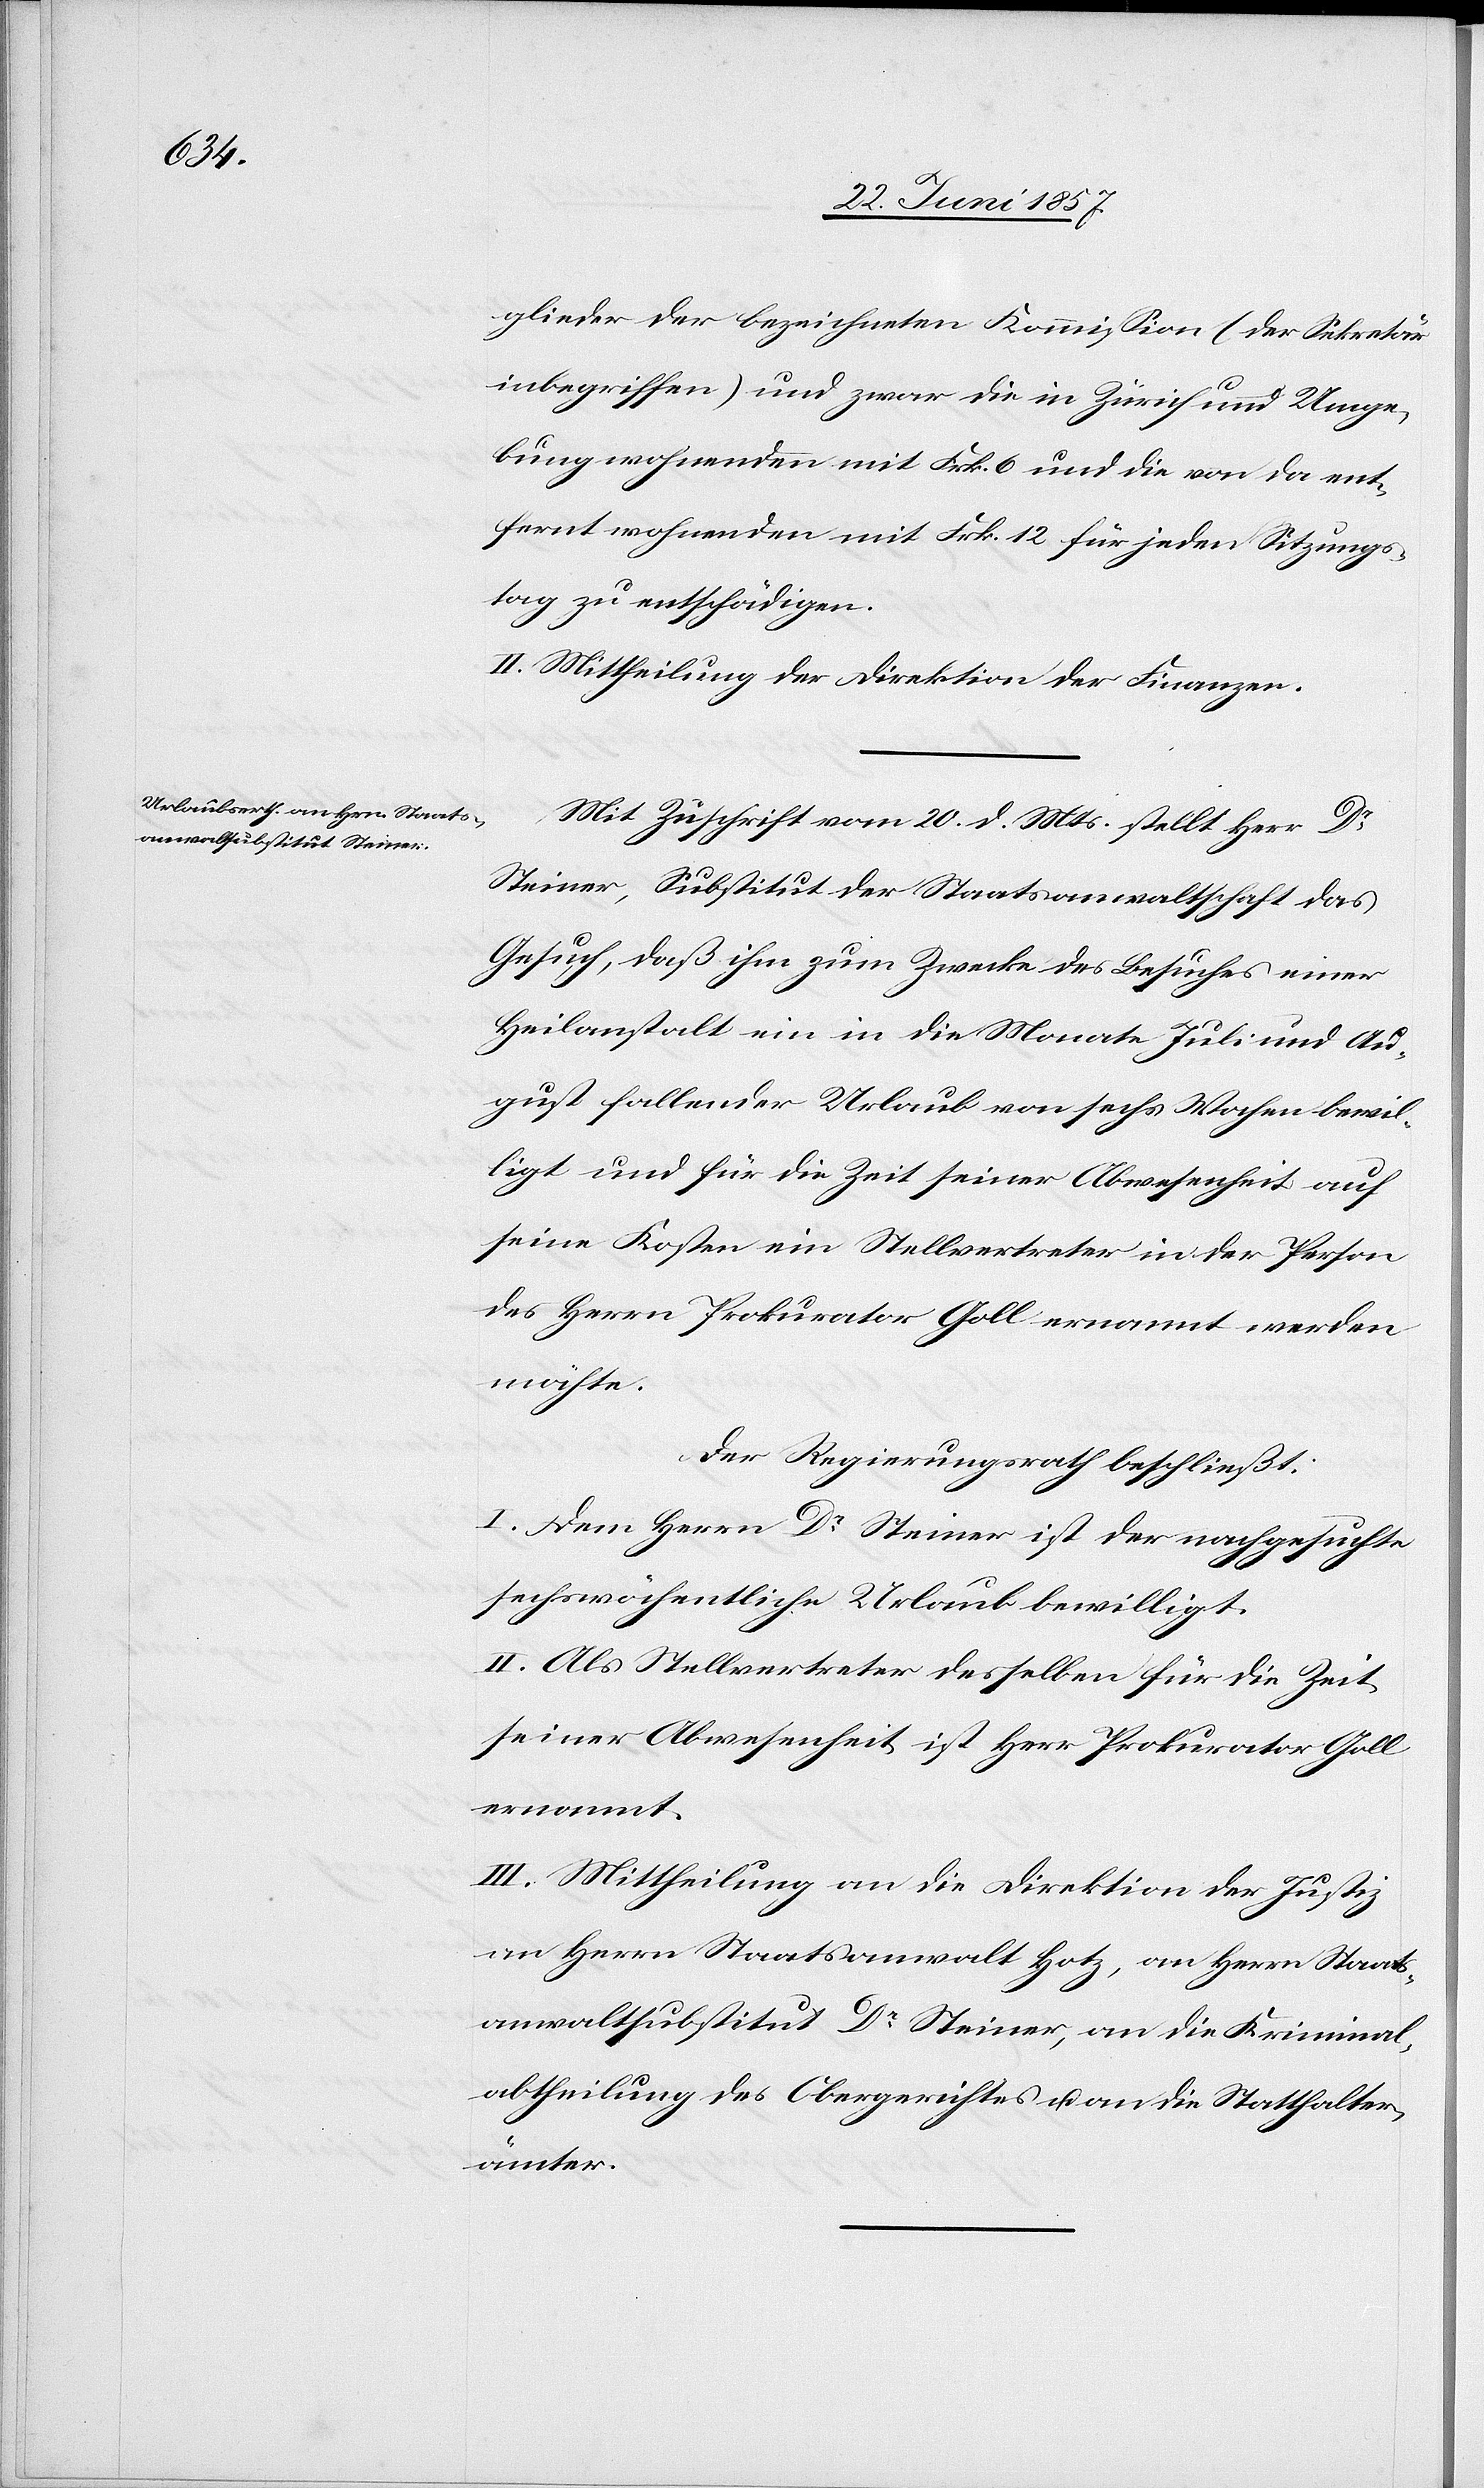
glieder der bezeichneten Kommission (der Sekretär
inbegriffen) und zwar die in Zürich und Umge¬
bung wohnenden mit Frk. 6 und die von da ent¬
fernt wohnenden mit Frk. 12 für jeden Sitzungs¬
tag zu entschädigen.
II. Mittheilung der Direktion der Finanzen.
Mit Zuschrift vom 20 d. Mts. stellt Herr Dr
Steiner, Substitut der Staatsanwaltschaft das
Gesuch, daß ihm zum Zwecke des Besuches einer
Heilanstalt ein in die Monate Juli und Au¬
gust fallender Urlaub von sechs Wochen bewil¬
ligt und für die Zeit seiner Abwesenheit auf
seine Kosten ein Stellvertreter in der Person
des Herrn Prokurator Goll ernannt werden
möchte.
Der Regierungsrath beschließt:
I. Dem Herrn Dr Steiner ist der nachgesuchte
sechswöchentliche Urlaub bewilligt.
II. Als Stellvertreter desselben für die Zeit
seiner Abwesenheit ist Herr Prokurator Goll
ernannt.
III. Mittheilung an die Direktion der Justiz
an Herrn Staatsanwalt Hotz, an Herrn Staats¬
anwaltsubstitut Dr Steiner, an die Kriminal¬
abtheilung des Obergerichtes & an die Statthalter¬
ämter.